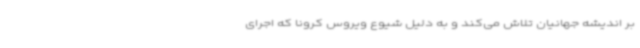
بر اندیشه جهانیان تلاش می‌کند و به دلیل شیوع ویروس کرونا که اجرای